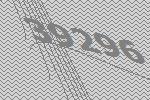
39296